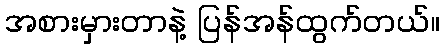
အစားမှားတာနဲ့ ပြန်အန်ထွက်တယ်။